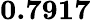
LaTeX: \mathbf{0.7917}